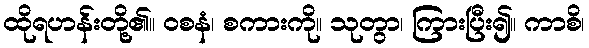
ထိုရဟန်းတို့၏။ ဝစနံ၊ စကားကို။ သုတွာ၊ ကြားပြီး၍။ ကာစိ၊